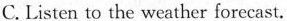
C. Listen to the weather forecast.